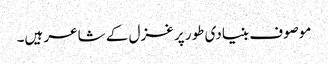
موصوف بنیادی طور پر غزل کے شاعر ہیں۔